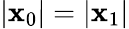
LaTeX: |\mathbf{x}_{0}|=|\mathbf{x}_{1}|